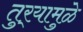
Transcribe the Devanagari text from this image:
तुर्‍यामुळे